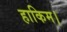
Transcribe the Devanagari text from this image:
हाकिम।